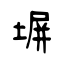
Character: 塀